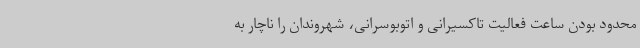
محدود بودن ساعت فعالیت تاکسیرانی و اتوبوسرانی، شهروندان را ناچار به